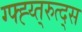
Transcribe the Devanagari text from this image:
ग्फ्ह्य्त्रुत्द्स